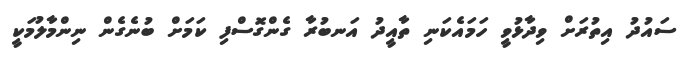
ސައުދު އިތުރަށް ވިދާޅުވީ ހަމައެކަނި ތާއީދު އަނބުރާ ގެންގޮސްފި ކަމަށް ބުނެގެން ނިންމާލުމަކީ